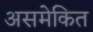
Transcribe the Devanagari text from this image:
असमेकित